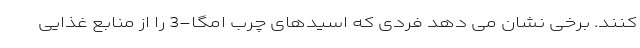
کنند. برخی نشان می دهد فردی که اسیدهای چرب امگا-3 را از منابع غذایی